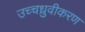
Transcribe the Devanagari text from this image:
उच्चध्रुवीकरण